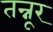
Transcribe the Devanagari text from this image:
तन्नूर